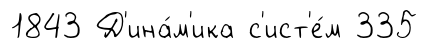
1843 Д'ина́м'ика с'ист'е́м 335